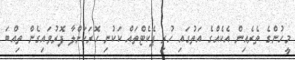
މީހުންގެ ތެރެއިން އެކެއްގެ އަތުގައި ހުރި ޕެކެޓްތައް ކަކުނި ހޮރަކަށްލާ ފޮރުވައިގެން ތިއްބަ